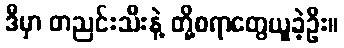
ဒီမှာ တညင်းသီးနဲ့ တို့စရာတွေယူခဲ့ဦး။